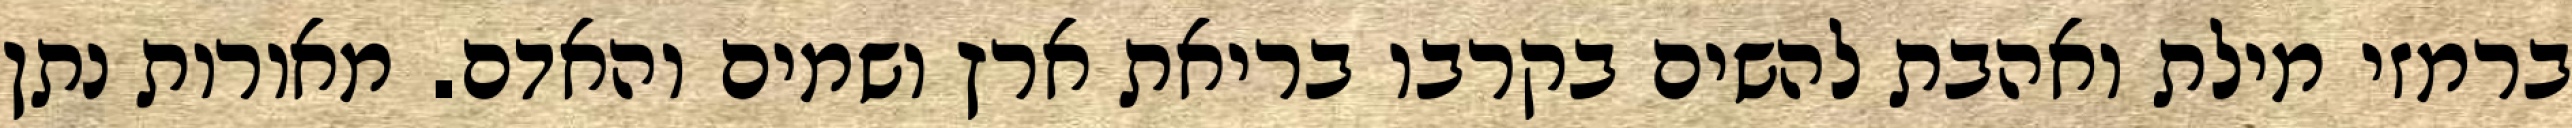
ברמזי מילת ואהבת להשים בקרבו בריאת ארץ ושמים והאדם. מאורות נתן